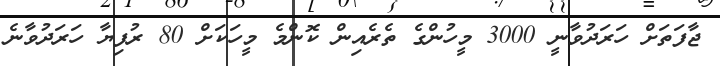
ޖާފަތަށް ހަރަދުވާނީ 3000 މީހުންގެ ތެރެއިން ކޮންމެ މީހަކަށް 80 ރުފިޔާ ހަރަދުވާނެ